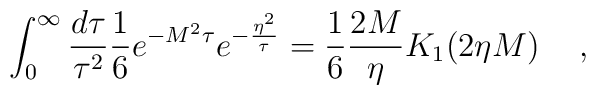
\int_0^{\infty} \frac{d \tau}{\tau^2} \frac{1}{6} e^{-M^2 \tau} e^{-\frac{\eta^2}{\tau}}=\frac{1}{6} \frac{2M}{\eta} K_1 (2 \eta M) \hspace{0.5cm},